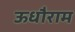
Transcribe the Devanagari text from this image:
ऊधौराम